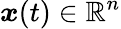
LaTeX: \boldsymbol{x}(t)\in\mathbb{R}^{n}